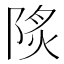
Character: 𨹾